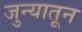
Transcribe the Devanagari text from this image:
जुन्यातून